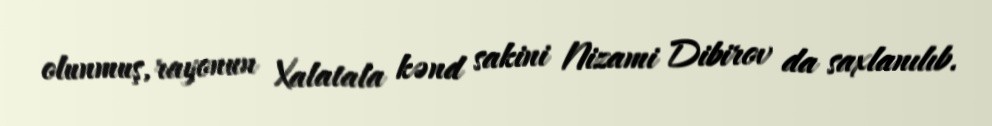
olunmuş, rayonun Xalatala kənd sakini Nizami Dibirov da saxlanılıb.